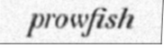
prowfish